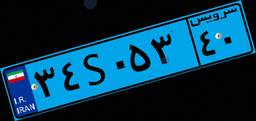
۶۹S۵۸۶۹۴